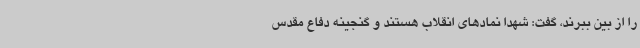
را از بین ببرند، گفت: شهدا نمادهای انقلاب هستند و گنجینه دفاع مقدس